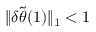
\lVert \delta \tilde { { \boldsymbol { \theta } } } ( 1 ) \rVert _ { 1 } < 1